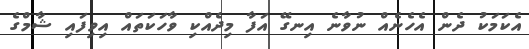
އެކަމަކު ދެން އެހެނެއް ނުވާނެ އިނގޭ އަފާ މިދެއްކި ވާހަކަތައް އިވިފައި ޝާމްގެ